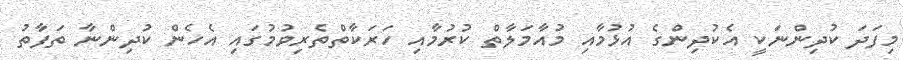
މިފަދަ ކުދިންނަކީ އެކުދިންގެ އުޅުމާއި މުއާމަލާތް ކުރުމާއި ހަރަކާތްތެރިވުމުގައި އެހެން ކުދިންނާ ތަފާތު